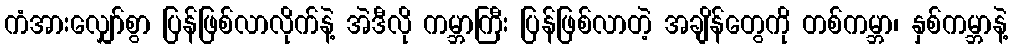
ကံအားလျှော်စွာ ပြန်ဖြစ်လာလိုက်နဲ့ အဲဒီလို ကမ္ဘာကြီး ပြန်ဖြစ်လာတဲ့ အချိန်တွေကို တစ်ကမ္ဘာ၊ နှစ်ကမ္ဘာနဲ့